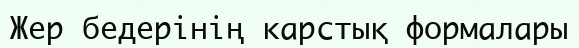
Жер бедерінің карстық формалары